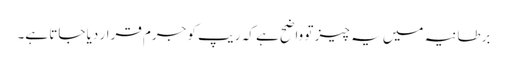
برطانیہ میں یہ چیز تو واضح ہے کہ ریپ کو جرم قرار دیا جاتا ہے۔